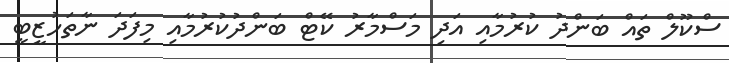
ސްކޫލް ތައް ބަންދު ކުރުމާއި އަދި މަސްމާރު ކޭޓް ބަންދުކުރުމާއި މިފަދަ ނާތަހުޒީބީ